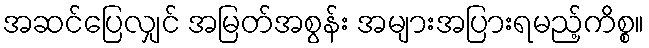
အဆင်ပြေလျှင် အမြတ်အစွန်း အများအပြားရမည့်ကိစ္စ။